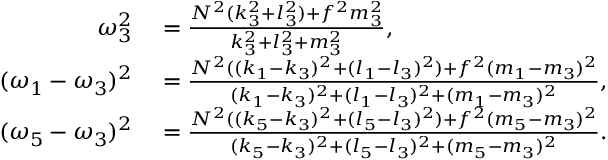
\begin{array} { r l } { \omega _ { 3 } ^ { 2 } } & { { } = \frac { N ^ { 2 } ( k _ { 3 } ^ { 2 } + l _ { 3 } ^ { 2 } ) + f ^ { 2 } m _ { 3 } ^ { 2 } } { k _ { 3 } ^ { 2 } + l _ { 3 } ^ { 2 } + m _ { 3 } ^ { 2 } } , } \\ { ( \omega _ { 1 } - \omega _ { 3 } ) ^ { 2 } } & { { } = \frac { N ^ { 2 } ( ( k _ { 1 } - k _ { 3 } ) ^ { 2 } + ( l _ { 1 } - l _ { 3 } ) ^ { 2 } ) + f ^ { 2 } ( m _ { 1 } - m _ { 3 } ) ^ { 2 } } { ( k _ { 1 } - k _ { 3 } ) ^ { 2 } + ( l _ { 1 } - l _ { 3 } ) ^ { 2 } + ( m _ { 1 } - m _ { 3 } ) ^ { 2 } } , } \\ { ( \omega _ { 5 } - \omega _ { 3 } ) ^ { 2 } } & { { } = \frac { N ^ { 2 } ( ( k _ { 5 } - k _ { 3 } ) ^ { 2 } + ( l _ { 5 } - l _ { 3 } ) ^ { 2 } ) + f ^ { 2 } ( m _ { 5 } - m _ { 3 } ) ^ { 2 } } { ( k _ { 5 } - k _ { 3 } ) ^ { 2 } + ( l _ { 5 } - l _ { 3 } ) ^ { 2 } + ( m _ { 5 } - m _ { 3 } ) ^ { 2 } } . } \end{array}